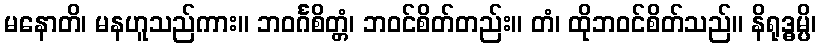
မနောတိ၊ မနဟူသည်ကား။ ဘဝင်္ဂစိတ္တံ၊ ဘဝင်စိတ်တည်း။ တံ၊ ထိုဘဝင်စိတ်သည်။ နိရုဒ္ဓမ္ပိ၊